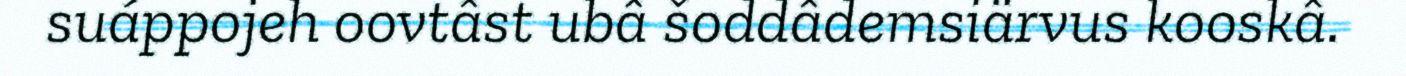
suáppojeh oovtâst ubâ šoddâdemsiärvus kooskâ.